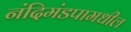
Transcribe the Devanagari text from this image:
नंदिमंडपामधील